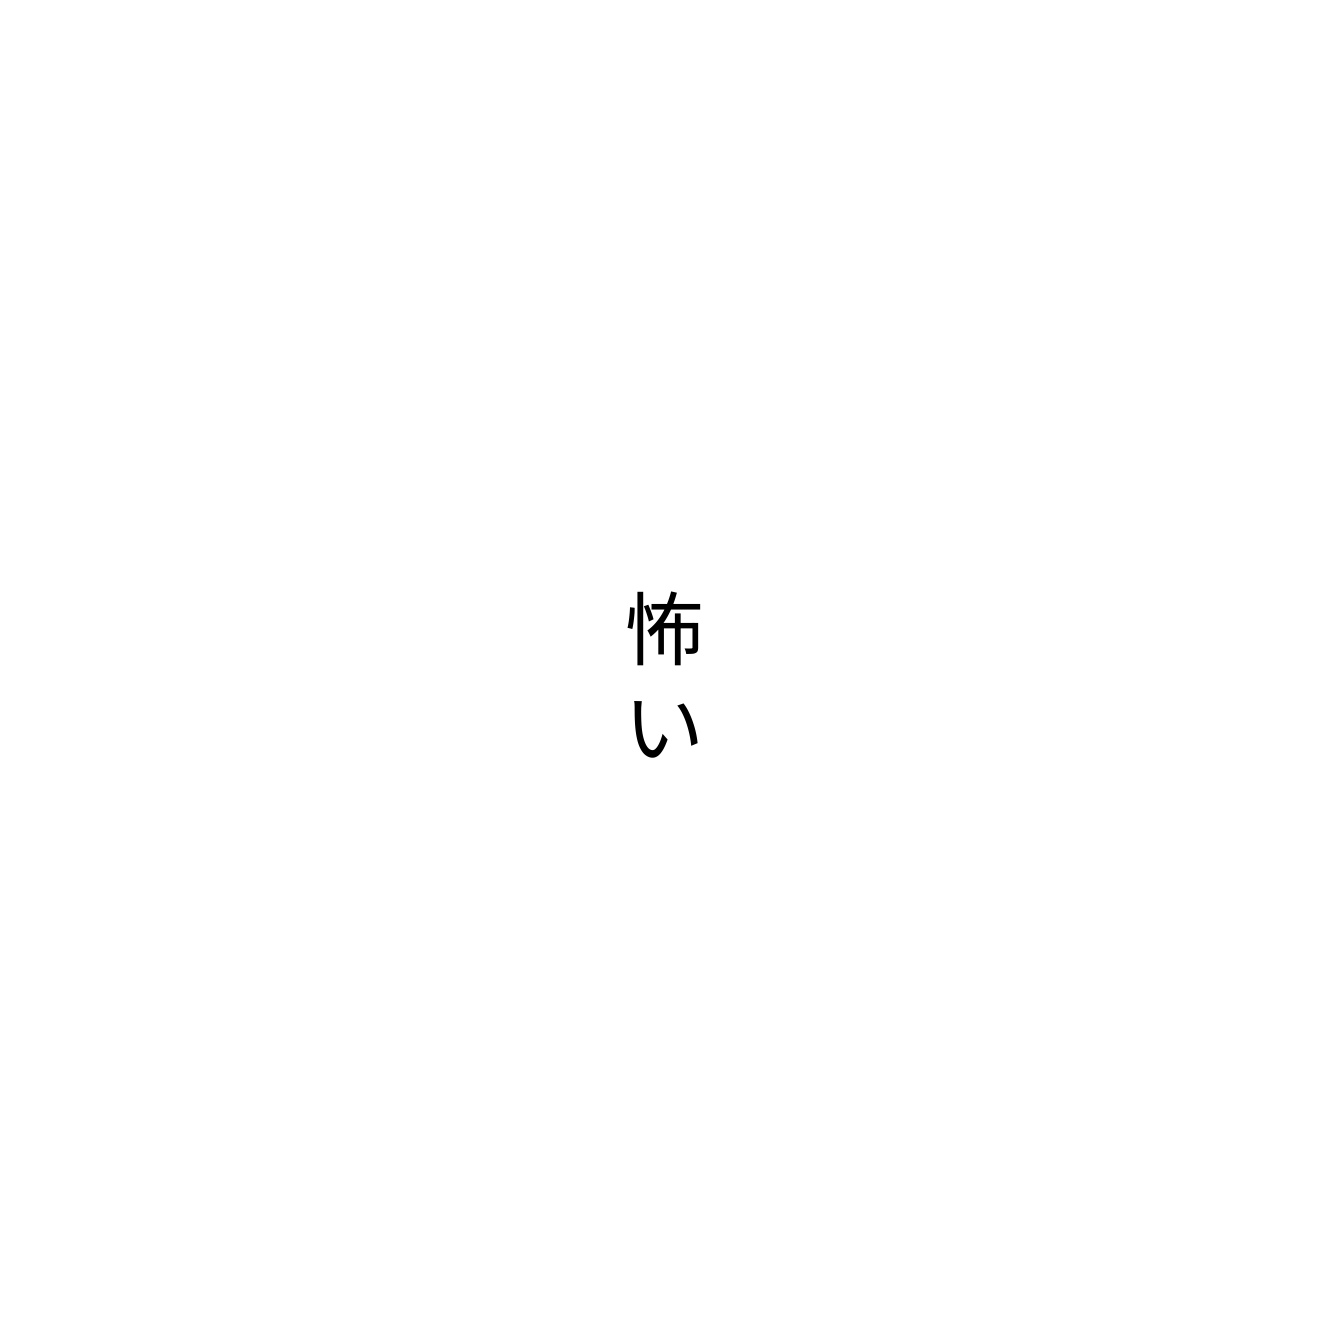
怖い